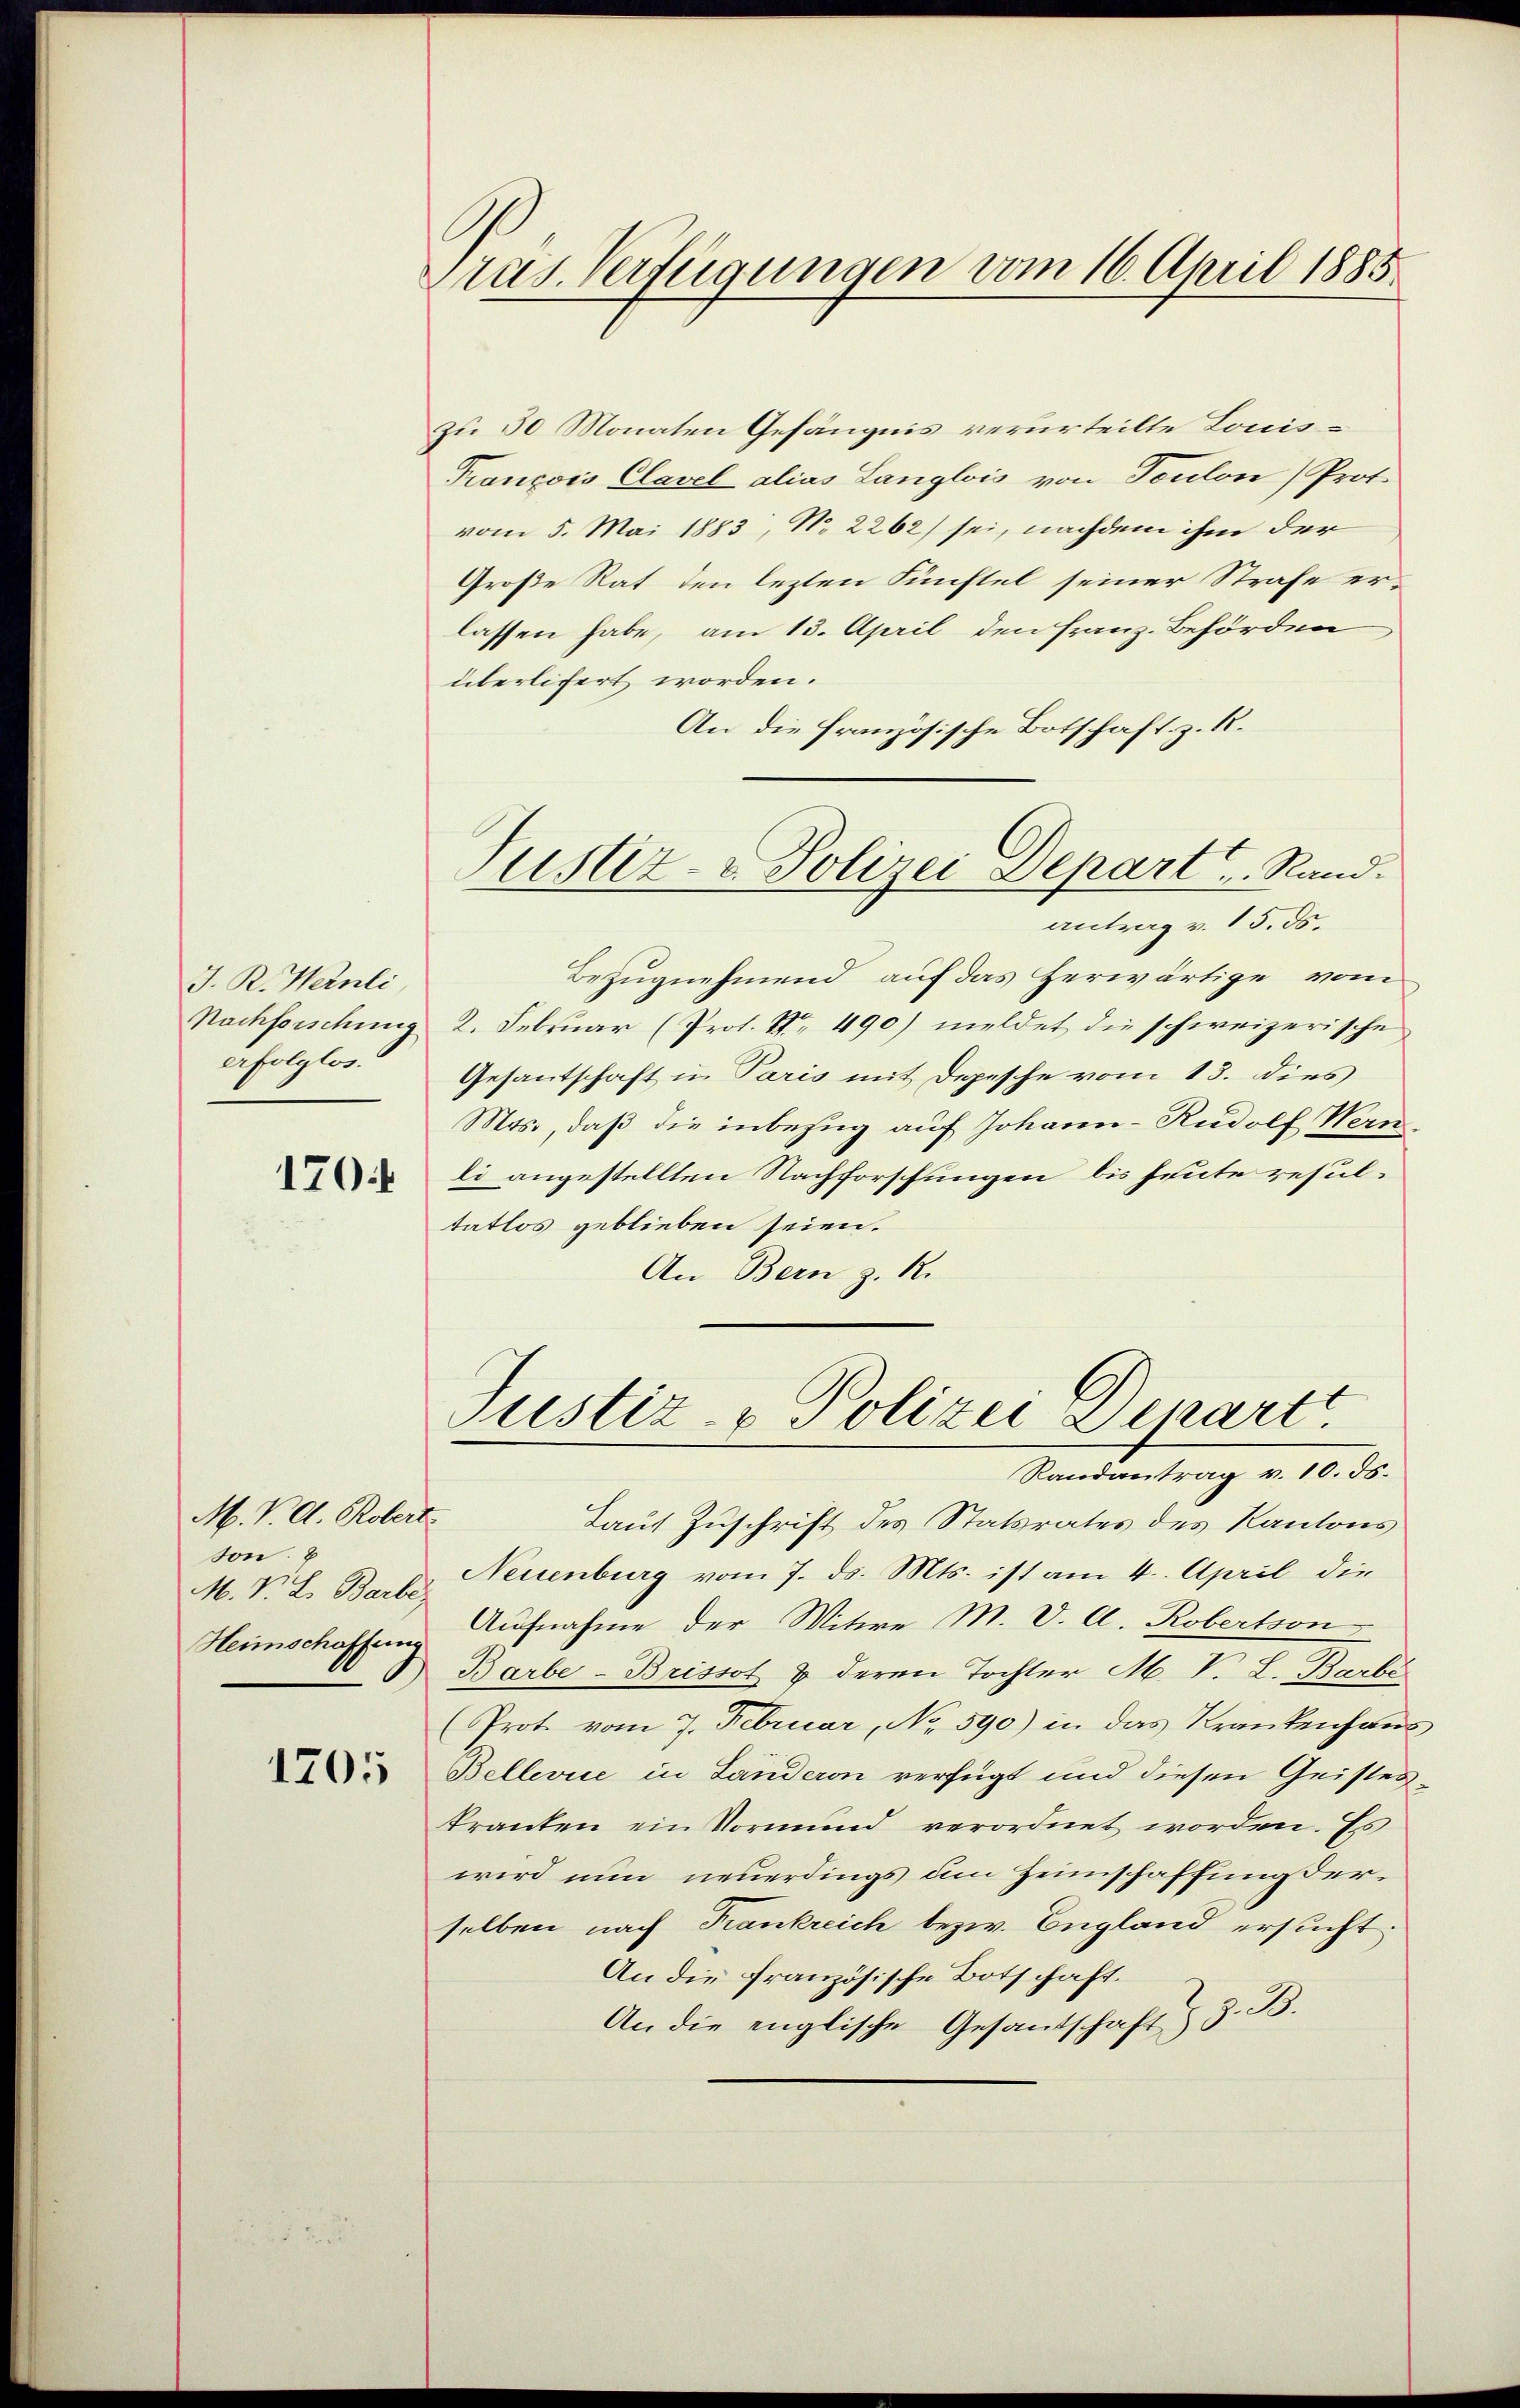
J. R. Wanli
Nachforschung
erfolglos.

170.

M. V. d. Robert.
son.
M. V. L. Barbe
Heimschaffung

1705

ras. Verfügungen vom 16. April 1885

zu 30 Monaten Gefängnis verurteilte Louis¬
Trançois Clavel alias Langlois von Teulon Prot
vom 5. Mai 1883, No 2262) sei, nachdem ihm der
Große Rat den lezten Fünftel seiner Strafe erlassen habe, am 13. April den Franz. Behörden
überliert worden.
An die französische Botschaft z. R.
Bezugnehmend auf das herwärtige vom
2. Februar (Prot. Nr. 490) meldet die schweizerische
Gesantschaft in Paris mit Depesche vom 13. dies
Mts., daß die inbezug auf Johann-Rudolf Wern
li angestellten Nachforschungen bis heute resultatlos geblieben seien.
An Bern z. R.

Justiz- u. Polizei Depart u. Rand.
antrag v. 15. ds.

Justiz- & Polizei Depart

Randantrag v. 10. ds.
Laut Zuschrift des Statsrates des Kantons
Neuenburg vom 7. ds. Mts. ist am 4. April die
Aufnahme der Witwe M. V. A. Robertson
Barbe-Brissot & deren Tochter M. V. L. Barbe
(Prot vom 7. Februar, No 590) in das Krankenhaus
Bellevue in Landeron verfügt und diesen Geisteskranten ein Vormund verordnet worden. Es
wird nun neuerdings um Heimschaffung derselben nach Krankreich bezw. England ersucht:
An die französische Botschaft.
An die englische Gesandschaft z. B.